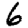
Digit: 6